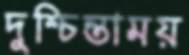
দুশ্চিন্তাময়